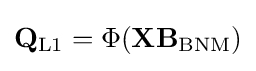
{\begin{aligned}\mathbf {Q} _{\text{L1}}=\Phi (\mathbf {X} \mathbf {B} _{\text{BNM}})\end{aligned}}